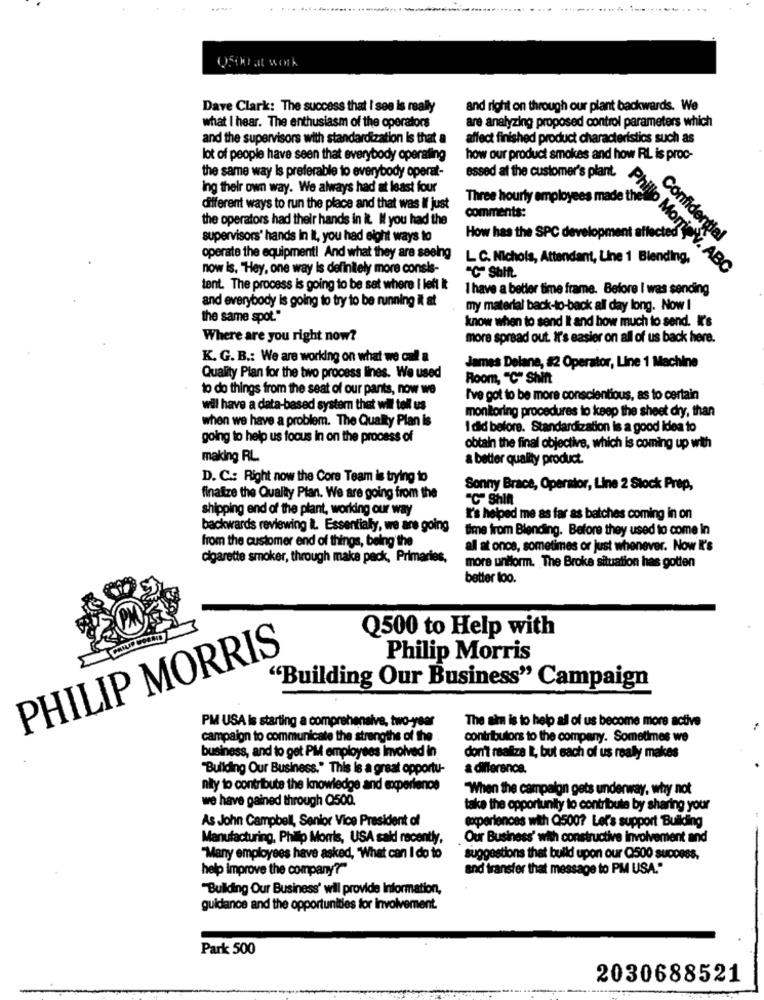
Q500 at work
Dave Clark: The success that I see is really
and right on through our plant backwards. We
are analyzing proposed control parameters which
what I hear. The enthusiasm of the operators
and the supervisors with standardization is that a
affect finished product characteristics such as
lot of people have seen that everybody operating
how our product smokes and how RL is proc-
the same way Is preferable to everybody operat-
essed at the customer's plant.
ing their own way. We always had at least four
Three hourly employees made the
different ways to run the place and that was Il just
comments:
the operators had their hands in it. If you had the
supervisors' hands in it, you had eight ways to
How has the SPC development a
Confidential
operate the equipment! And what they are seeing
L C. Nichols, Attendant, Line 1 Blending,
now is, "Hey, one way is definitely more consis-
Phillo Momo V. ABC
tent. The process is going to be sat where I left it
I have a better time frame. Before I was sending
and everybody is going to try to be running it at
my material back-to-back all day long. Now I
the same spot."
know when to send It and how much to send. It's
Where are you right now?
more spread out. I's easier on all of us back here.
K. G. B .: We are working on what we cal a
James Delane, #2 Operator, Line 1 Machine
Quality Plan for the two process lines. We used
Room, "C" Shift
to do things from the seat of our pants, now we
I've got to be more conscientious, as to certain
will have a data-based system that wil tell us
monitoring procedures to keep the sheet dry, than
when we have a problem. The Quality Plan is
I did before. Standardization is a good idea to
going to help us focus in on the process of
obtain the final objective, which is coming up with
making RL
a better quality product.
D. C .: Right now the Core Team is trying to
Sonny Brace, Operator, Line 2 Stock Prep,
finalize the Quality Plan. We are going from the
-C ShIn
shipping end of the plant, working our way
I's helped me as far as batches coming in on
backwards reviewing it. Essentially, we are going
time from Blending. Before they used to come In
from the customer end of things, being the
all at once, sometimes or just whenever. Now I's
cigarette smoker, through make pack, Primaries,
more uniform. The Broke situation has gotten
better loo.
Q500 to Help with
PHILIP MORRIS
Philip Morris
"Building Our Business" Campaign
The aim is to help all of us become more active
PM USA is starting a comprehensive, two-year
campaign to communicate the strengths of the
contributors to the company. Sometimes we
business, and to get PM employees Involved in
don't realize L, but each of us really makes
"Building Our Business." This is a great opportu-
& difference.
nily to contribute the knowledge and experience
"When the campaign gets underway, why not
we have gained through Q500.
take the opportunity to contribute by sharing your
As John Campbell, Senior Vice President of
experiences with Q500? Let's support Building
Manufacturing, Philip Morris, USA said recently,
Our Business' with constructive involvement and
"Many employees have asked, 'What can I do to
suggestions that build upon our Q500 success.
help improve the company?"
and transfer that message to PM USA."
"Building Our Business' will provide Information,
guidance and the opportunities for Involvement.
Park 500
2030688521